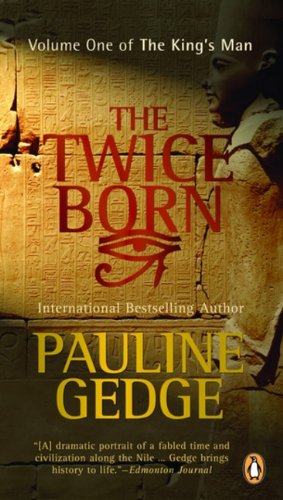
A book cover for Twice Born: The Kings Man Volume 1; Pauline Gedge; Literature & Fiction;